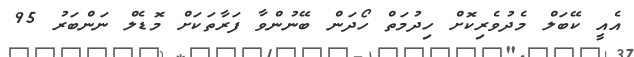
އެއީ ކޭބަލް މެދުވެރިކޮށް ހިދުމަތް ހޯދަން ބޭނުންވާ ފަރާތަކަށް މޮޑެލް ނަންބަރު 95